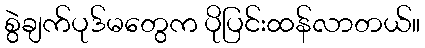
စွဲချက်ပုဒ်မတွေက ပိုပြင်းထန်လာတယ်။